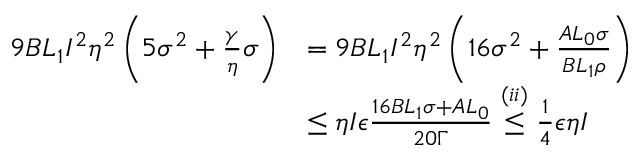
\begin{array} { r l } { 9 B L _ { 1 } I ^ { 2 } \eta ^ { 2 } \left( 5 \sigma ^ { 2 } + \frac { \gamma } { \eta } \sigma \right) } & { = 9 B L _ { 1 } I ^ { 2 } \eta ^ { 2 } \left( 1 6 \sigma ^ { 2 } + \frac { A L _ { 0 } \sigma } { B L _ { 1 } \rho } \right) } \\ & { \leq \eta I \epsilon \frac { 1 6 B L _ { 1 } \sigma + A L _ { 0 } } { 2 0 \Gamma } \stackrel { ( i i ) } { \leq } \frac { 1 } { 4 } \epsilon \eta I } \end{array}